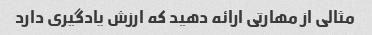
مثالی از مهارتی ارائه دهید که ارزش یادگیری دارد